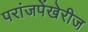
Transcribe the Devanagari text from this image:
परांजपेंखेरीज